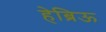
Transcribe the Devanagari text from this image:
हेब्रिऊ